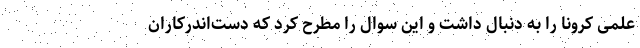
علمی کرونا را به دنبال داشت و این سوال را مطرح کرد که دست‌اندرکاران